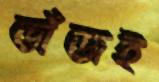
ভাঁজই